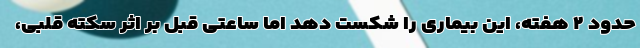
حدود ۲ هفته، این بیماری را شکست دهد اما ساعتی قبل بر اثر سکته قلبی،